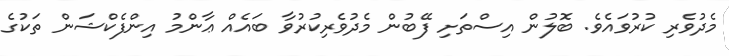
މެދުވެރި ކުރުވައެވެ. ބޮލުން އިސްތަށި ފޭބުން މެދުވެރިކުރުވާ ބައެއް ޢާންމު އިންފެކްޝަން ތަކުގެ